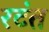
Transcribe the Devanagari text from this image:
रटंत